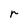
Character: r